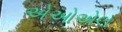
એઓએલ